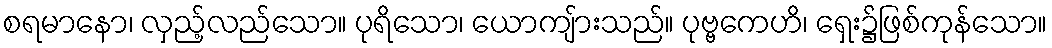
စရမာနော၊ လှည့်လည်သော။ ပုရိသော၊ ယောကျ်ားသည်။ ပုဗ္ဗကေဟိ၊ ရှေး၌ဖြစ်ကုန်သော။